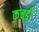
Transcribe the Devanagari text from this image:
कचड़ी